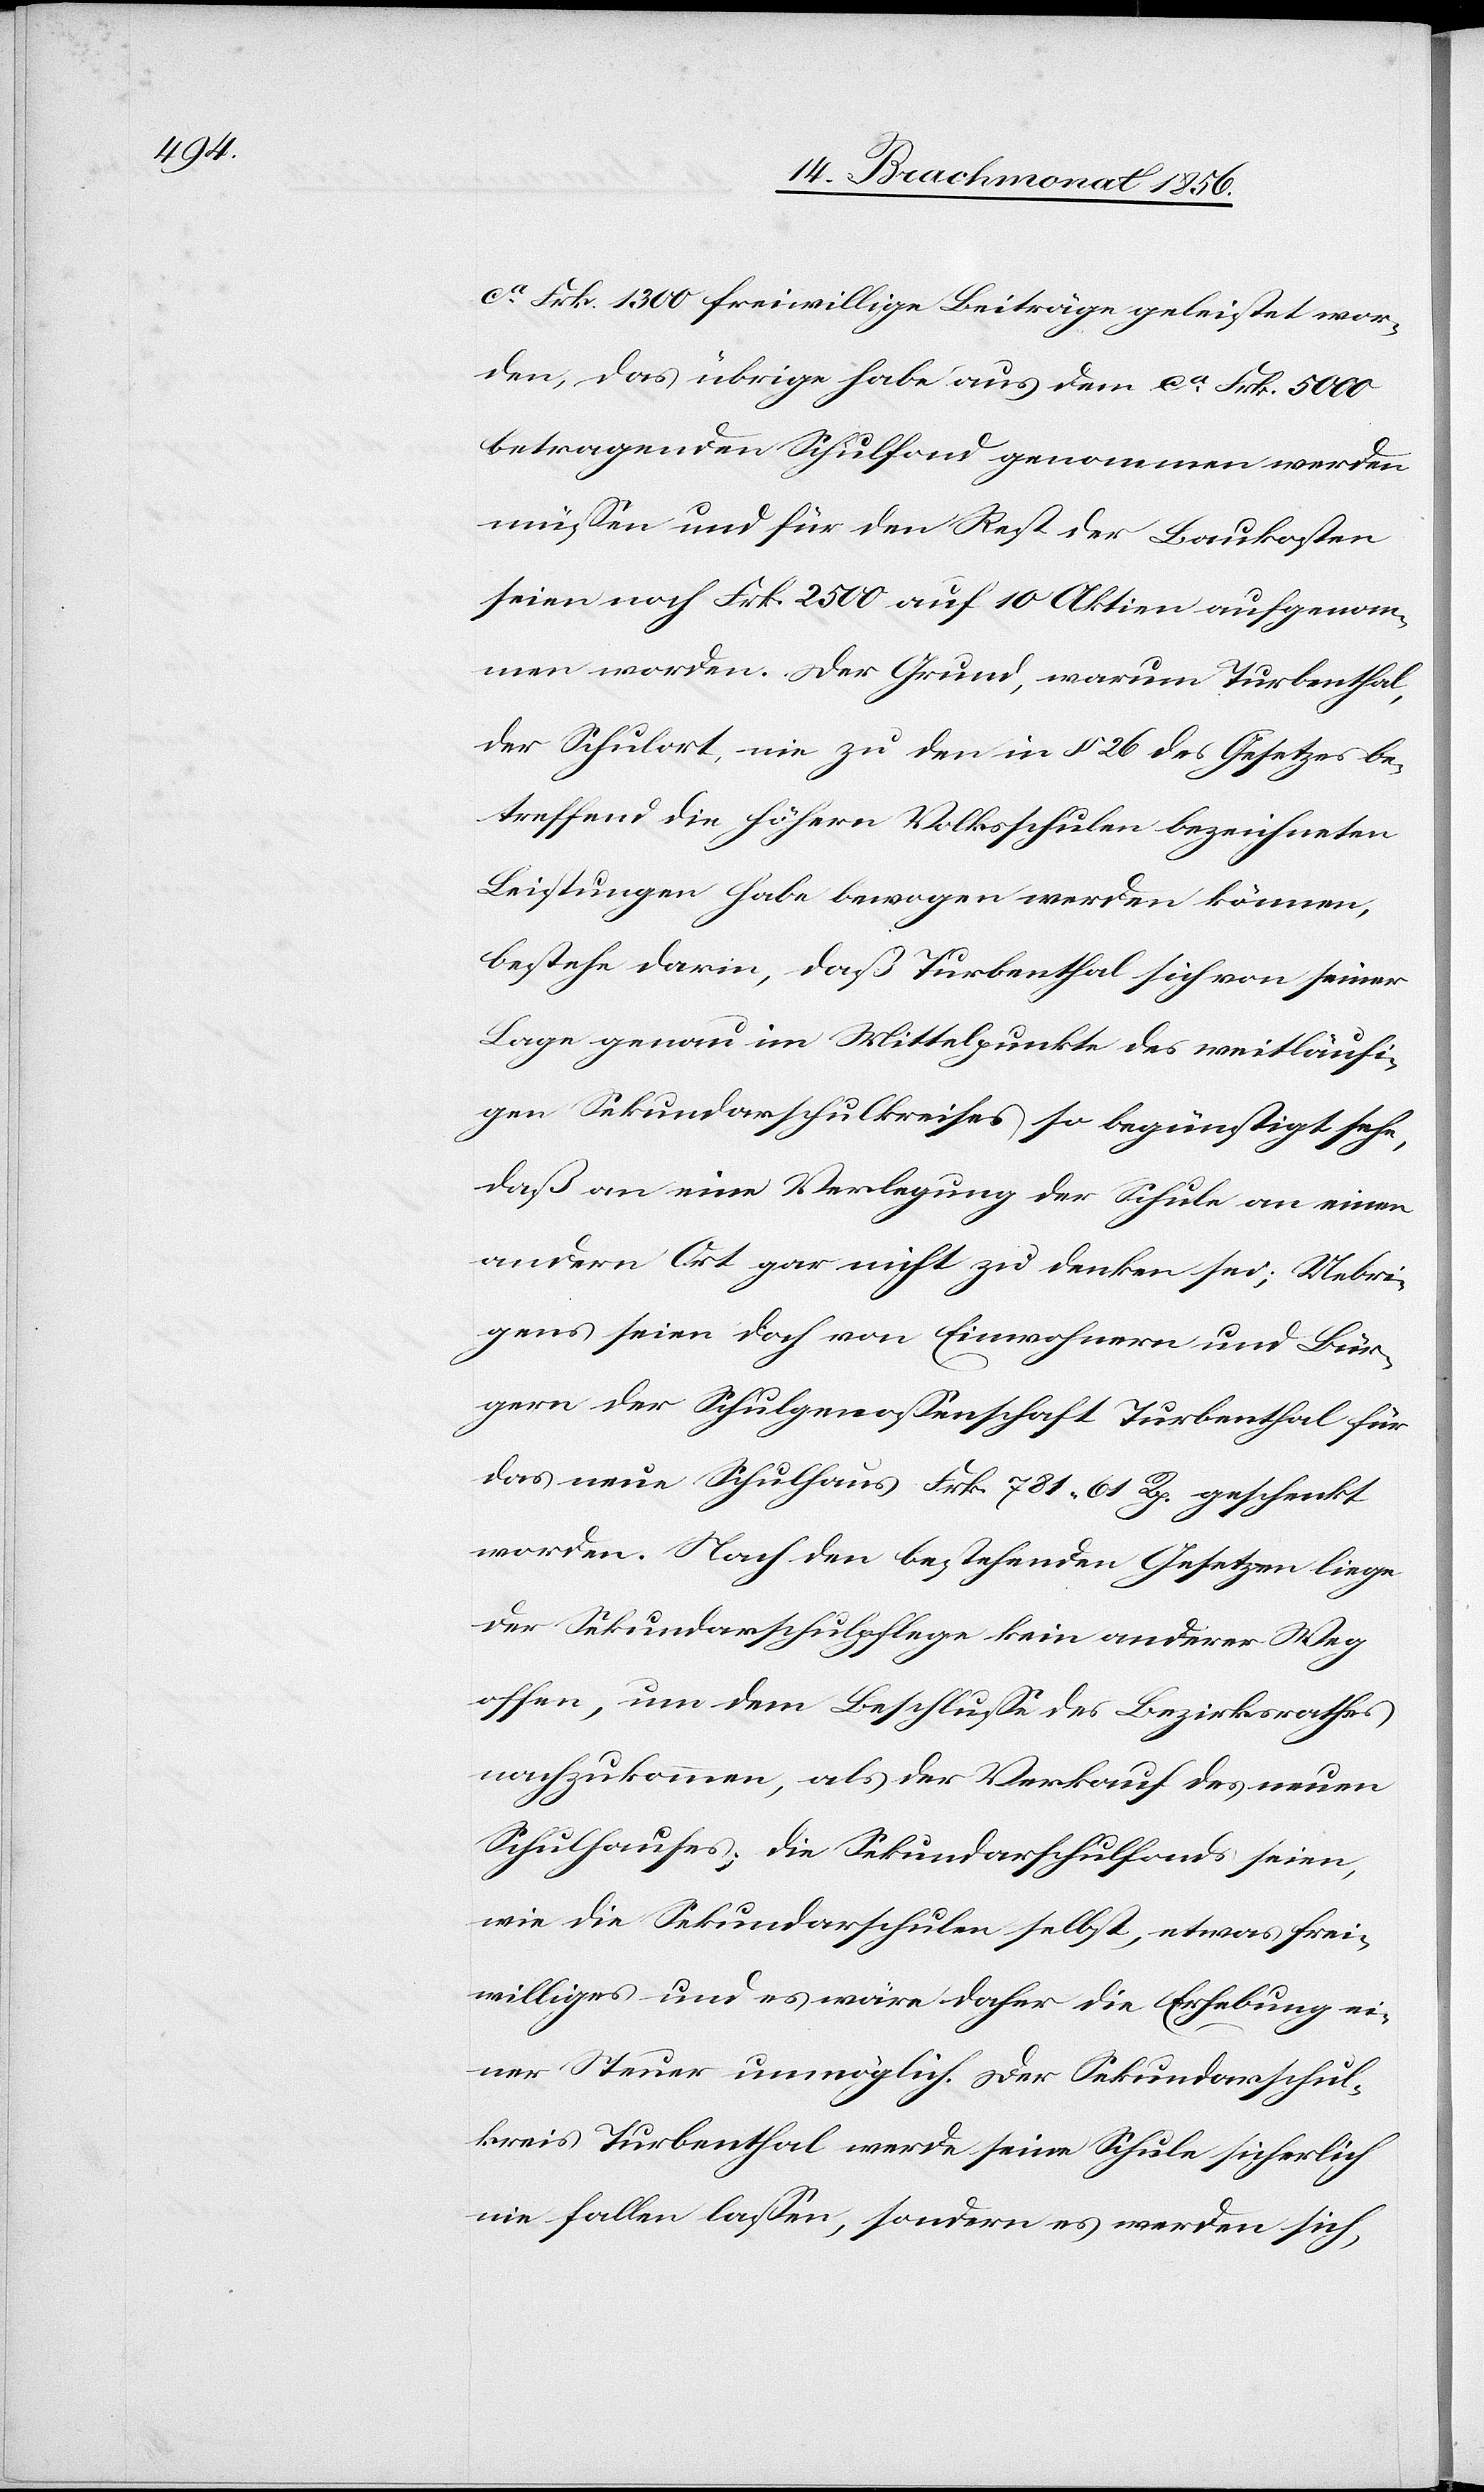
ca Frk. 1300 freiwillige Beiträge geleistet wor¬
den, das übrige habe aus dem ca Frk. 5000
betragenden Schulfond genommen werden
müssen und für den Rest der Baukosten
seien noch Frk. 2500 auf 10 Aktien aufgenom¬
men worden. Der Grund, warum Turbenthal,
der Schulort, nie zu den in § 26 des Gesetzes be¬
treffend die höhern Volksschulen bezeichneten
Leistungen habe bewogen werden können,
bestehe darin, daß Turbenthal sich von seiner
Lage genau im Mittelpunkte des weitläufi¬
gen Sekundarschulkreises so begünstigt sehe,
daß an eine Verlegung der Schule an einen
andern Ort gar nicht zu denken sei; Uebri¬
gens seien doch von Einwohnern und Bür¬
gern der Schulgenossenschaft Turbenthal für
das neue Schulhaus Frk. 781. 61 Rp. geschenkt
worden. Nach den bestehenden Gesetzen liege
der Sekundarschulpflege kein anderer Weg
offen, um dem Beschlusse des Bezirksrathes
nachzukommen, als der Verkauf des neuen
Schulhauses; die Sekundarschulfonds seien,
wie die Sekundarschulen selbst, etwas frei¬
williges und es wäre daher die Erhebung ei¬
ner Steuer unmöglich. Der Sekundarschul¬
kreis Turbenthal werde seine Schule sicherlich
nie fallen lassen, sondern es werden sich,